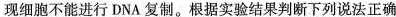
现细胞不能进行DNA 复制。根据实验结果判断下列说法正确